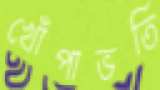
খোঁপাভর্তি